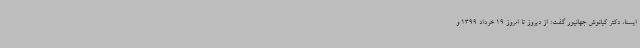
ایسنا، دکتر کیانوش جهانپور گفت: از دیروز تا امروز 19 خرداد 1399 و